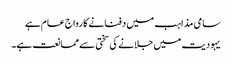
سامی مذاہب میں دفنانے کا رواج عام ہے
یہودیت میں جلانے کی سختی سے ممانعت ہے۔